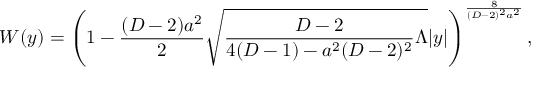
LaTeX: { \cal W } ( y ) = \left( 1 - { \frac { ( D - 2 ) a ^ { 2 } } { 2 } } \sqrt { { \frac { D - 2 } { 4 ( D - 1 ) - a ^ { 2 } ( D - 2 ) ^ { 2 } } } \Lambda } | y | \right) ^ { \frac { 8 } { ( D - 2 ) ^ { 2 } a ^ { 2 } } } ,